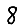
Digit: 8